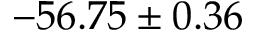
- 5 6 . 7 5 \pm 0 . 3 6